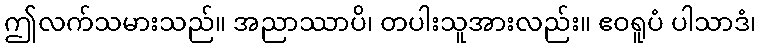
ဤလက်သမားသည်။ အညာဿာပိ၊ တပါးသူအားလည်း။ ဧဝရူပံ ပါသာဒံ၊